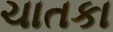
ચાતકા